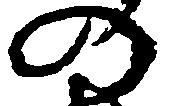
の